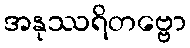
အနုဿရိတဗ္ဗော